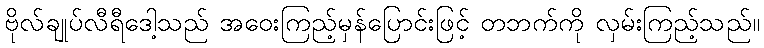
ဗိုလ်ချုပ်လီရီဒေါ့သည် အဝေးကြည့်မှန်ပြောင်းဖြင့် တဘက်ကို လှမ်းကြည့်သည်။